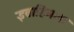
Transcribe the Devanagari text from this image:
इब्राहिमला